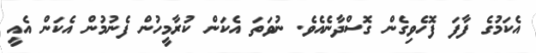
އެކަމުގެ ފާފަ ފޮހެވިގެން ގޮސްދާނެއެވެ. ނުވަތަ އެކަން ކުރާމީހުން ފެނުމުން އެކަން އެއީ